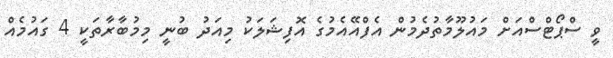
ވީ ސްޕޯޓްސްއަށް މައުލޫމާތުދެމުން އެފްއޭއެމުގެ އޮފިޝަލަކު މިއަދު ބުނީ މިމުބާރާތަކީ 4 ގައުމެއް